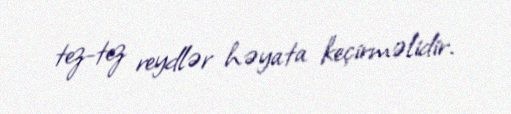
tez-tez reydlər həyata keçirməlidir.